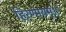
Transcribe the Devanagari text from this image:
हिरण्मयम्॥